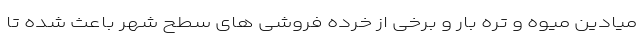
میادین میوه و تره بار و برخی از خرده فروشی های سطح شهر باعث شده تا